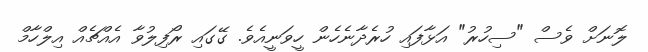
ލޮނަށް ވެސް "ސިހުރު" އަޅާފައި ހުރެދާނެހެން ހީވަނީއެވެ. ގޭގައި ރޯފިލުވާ އެއްޗެއް އިލްހާމް